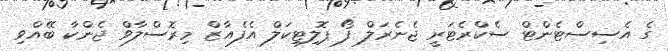
ގެ އެސިސްޓެންޓް ސެކްރެޓަރީ ޖެނެރަލް ފޯ ޕޮލިޓިކަލް އެފެއާޒް މިރޮސްލާވް ޖެންކާ ބޭއްވި